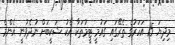
މިދިޔަ 15 އަހަރުގެ ތެރޭގައި ގައުމީ ޓީމުތަކާ އެކު ޝަކީބަށް ނުދެވުނީ އެންމެ